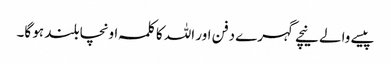
پیسے والے نیچے گہرے دفن اور اللہ کا کلمہ اونچا بلند ہو گا۔